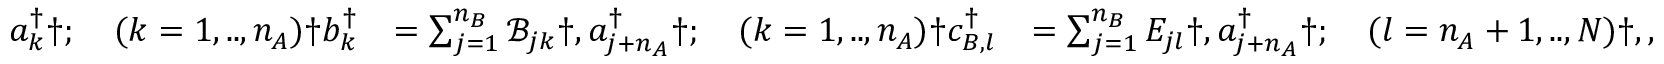
\begin{array} { r l r l } & { a _ { k } ^ { \dagger } \dag ; \quad ( k = 1 , . . , n _ { A } ) \dag b _ { k } ^ { \dagger } } & { = \sum _ { j = 1 } ^ { n _ { B } } \mathcal { B } _ { j k } \dag , a _ { j + n _ { A } } ^ { \dagger } \dag ; \quad ( k = 1 , . . , n _ { A } ) \dag c _ { B , l } ^ { \dagger } } & { = \sum _ { j = 1 } ^ { n _ { B } } E _ { j l } \dag , a _ { j + n _ { A } } ^ { \dagger } \dag ; \quad ( l = n _ { A } + 1 , . . , N ) \dag , , } \end{array}